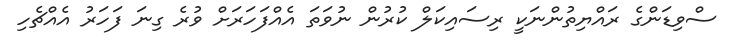
ސްވިޑަންގެ ރައްޔިތުންނަކީ ރިސައިކަލް ކުރުން ނުވަތަ އެއްފަހަރަށް ވުރެ ގިނަ ފަހަރު އެއްޗެހި